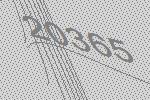
20365